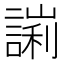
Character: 𧪙